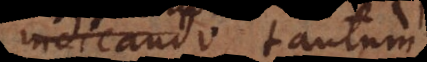
nando tantum